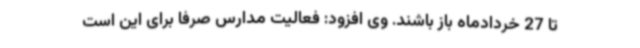
تا 27 خردادماه باز باشند. وی افزود: فعالیت مدارس صرفا برای این است